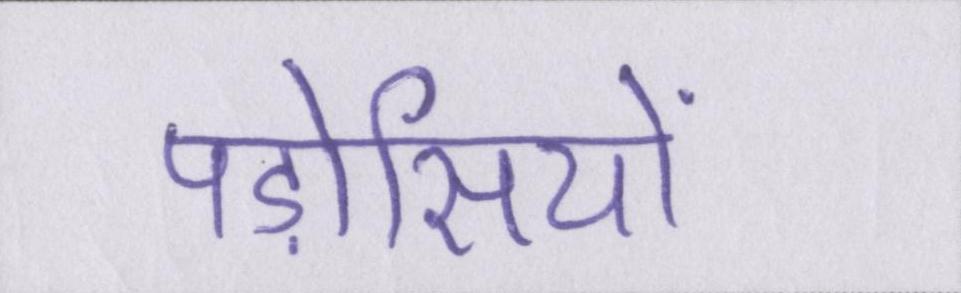
पड़ोसियों